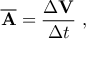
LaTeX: { \overline { { \mathbf { A } } } } = { \frac { \Delta \mathbf { V } } { \Delta t } } \ ,